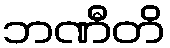
ဘဏီတိ